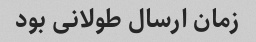
زمان ارسال طولانی بود